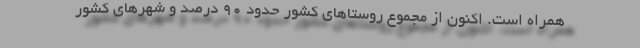
همراه است. اکنون از مجموع روستاهای کشور حدود ۹۰ درصد و شهرهای کشور